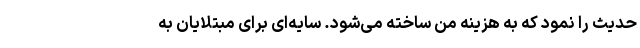
حدیث را نمود که به هزینه من ساخته می‌شود. سایه‌ای برای مبتلایان به